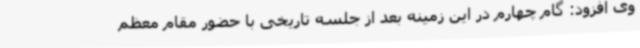
وی افزود: گام چهارم در این زمینه بعد از جلسه تاریخی با حضور مقام معظم